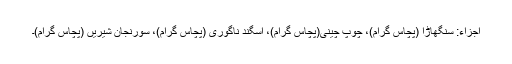
اجزاء: سنگھاڑا (پچاس گرام)، چوپ چینی(پچاس گرام)، اسگند ناگوری (پچاس گرام)، سورنجان شیریں (پچاس گرام)۔